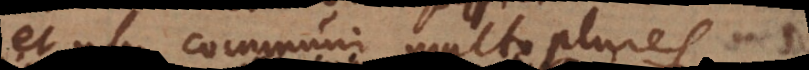
et usu communi multo plures